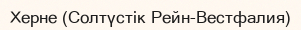
Херне (Солтүстік Рейн-Вестфалия)